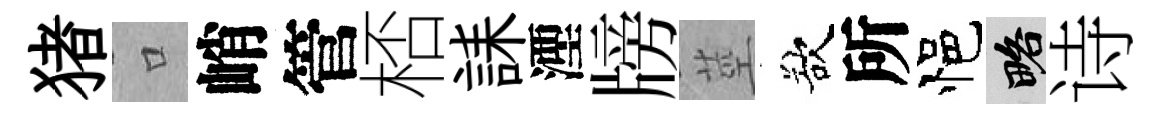
猪口峭管桮誄湮牓莖欲所悒略诗